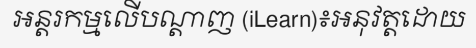
អន្តរកម្មលើបណ្តាញ (iLearn)៖អនុវត្តដោយ